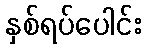
နှစ်ရပ်ပေါင်း